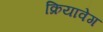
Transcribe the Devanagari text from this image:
क्रियावेग